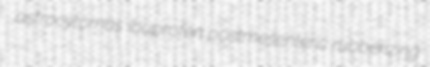
astrocytomas ibuprofen postmesenteric rubberizing